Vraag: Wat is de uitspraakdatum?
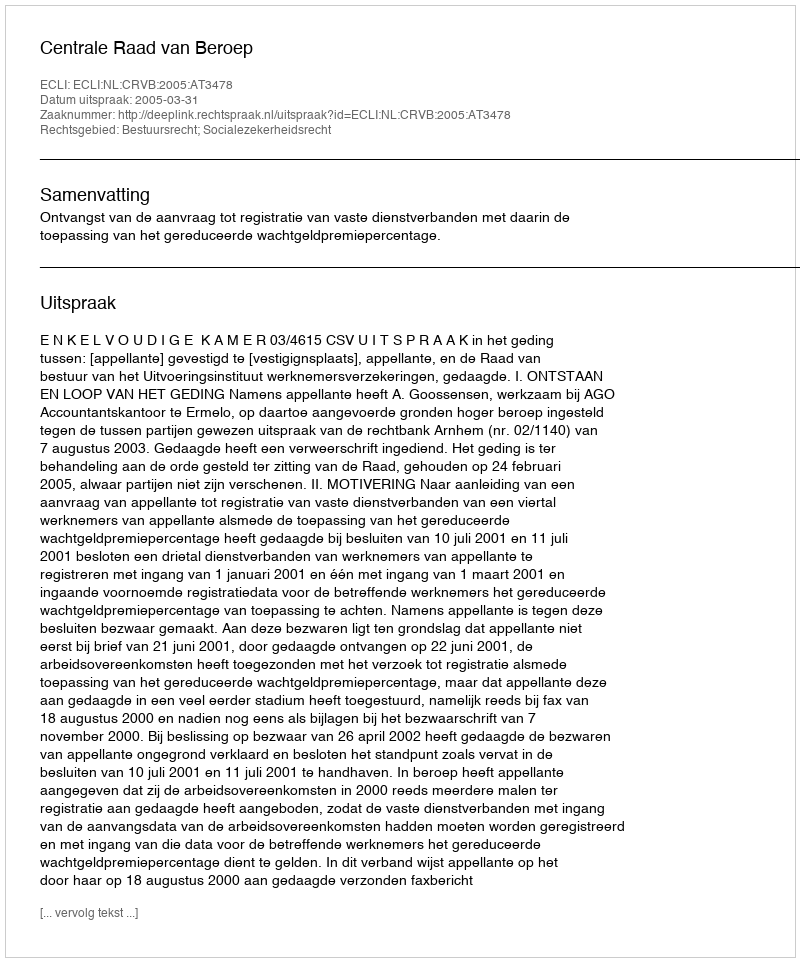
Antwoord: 2005-03-31